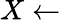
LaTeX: X\leftarrow